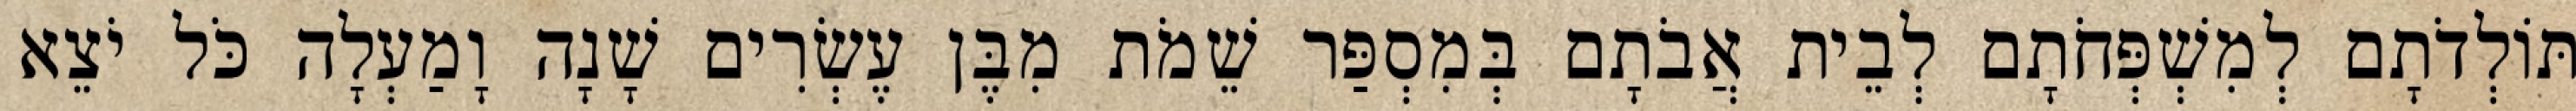
תּוֹלְדֹתָם לְמִשְׁפְּחֹתָם לְבֵית אֲבֹתָם בְּמִסְפַּר שֵׁמֹת מִבֶּן עֶשְׂרִים שָׁנָה וָמַעְלָה כֹּל יֹצֵא